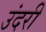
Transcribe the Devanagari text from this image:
उंदरी